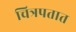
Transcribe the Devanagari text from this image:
चित्रपतात